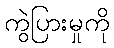
ကွဲပြားမှုကို